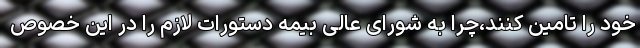
خود را تامین کنند،چرا به شورای عالی بیمه دستورات لازم را در این خصوص